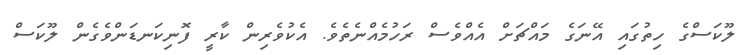
ލޫކަސްގެ ހިތުގައި އޭނަގެ މައްޗަށް އެއްވެސް ރަހުމެއްނެތެވެ. އެކުވެރިން ކާރީ ފޮނިކަނޑަންވެގެން ލޫކަސް